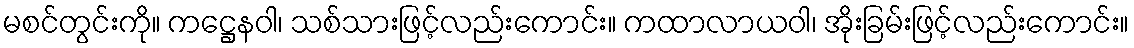
မစင်တွင်းကို။ ကဋ္ဌေနဝါ၊ သစ်သားဖြင့်လည်းကောင်း။ ကထာလာယဝါ၊ အိုးခြမ်းဖြင့်လည်းကောင်း။